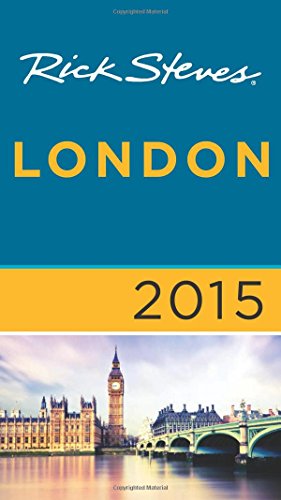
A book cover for Rick Steves London 2015; Rick Steves; Travel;